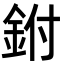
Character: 鉜